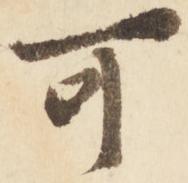
可